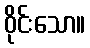
ဝိုင်းသော။